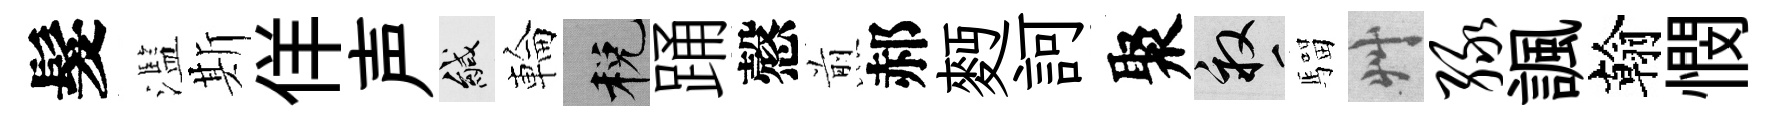
髮濫斯佯声緘輪税踊慤煎郝麪訶聚畝騮艸绿諷翰憫